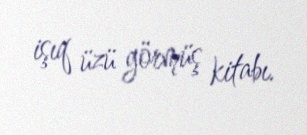
işıq üzü görmüş kitabı.